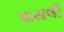
પાયલી